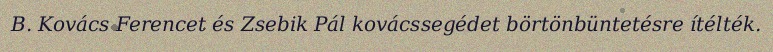
B. Kovács Ferencet és Zsebik Pál kovácssegédet börtönbüntetésre ítélték.